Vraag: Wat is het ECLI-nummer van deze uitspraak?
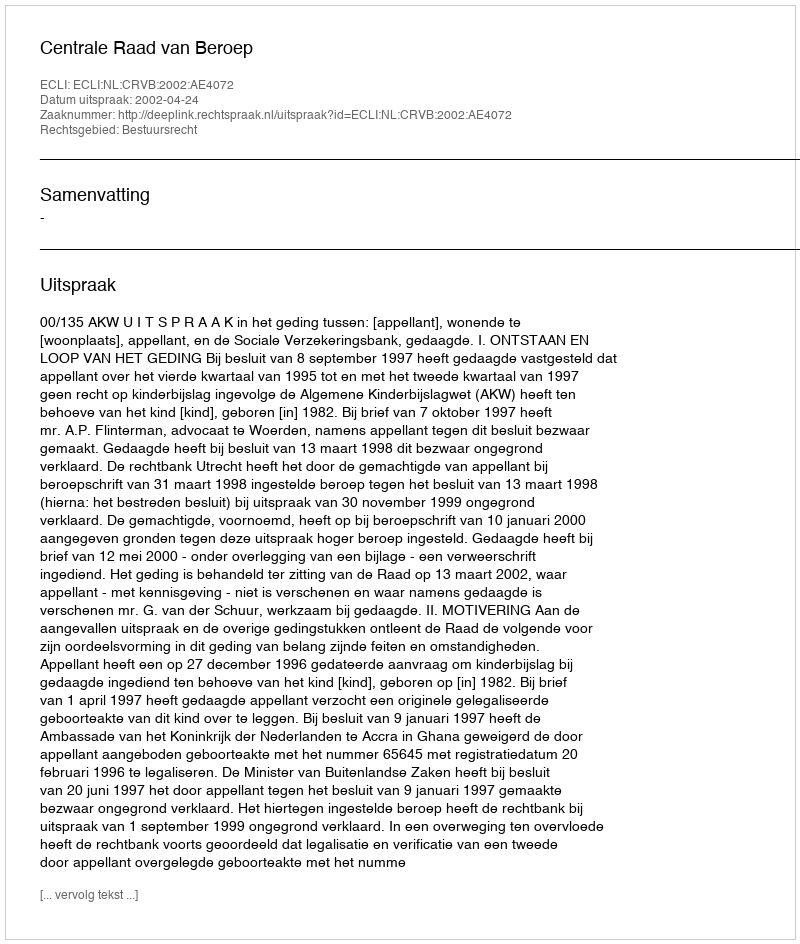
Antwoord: ECLI:NL:CRVB:2002:AE4072